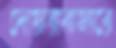
দোয়ারাবাজারে